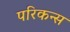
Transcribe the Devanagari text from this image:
परिकन्स